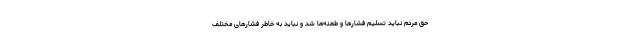
حق مردم نباید تسلیم فشارها و طعنه‌ها شد و نباید به خاطر فشارهای مختلف